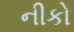
નીકો